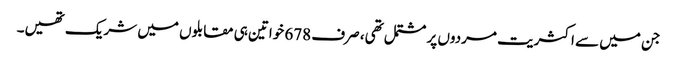
جن میں سے اکثریت مردوں پر مشتمل تھی، صرف 678 خواتین ہی مقابلوں میں شریک تھیں۔